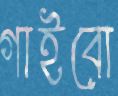
গাইবো